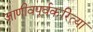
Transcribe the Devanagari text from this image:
जाणीवपूर्वकरित्या